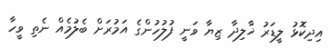
އިދިކޮޅު ލީޑަރު ޚާލިދާ ޒިޔާ ވަނީ ފުލުހުންގެ އަމުރަށް ބެލުމެއް ނެތި ވީހާ